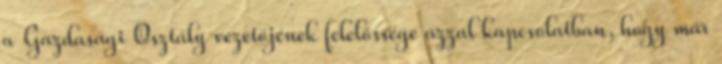
a Gazdasági Osztály vezetőjének felelőssége azzal kapcsolatban, hogy már